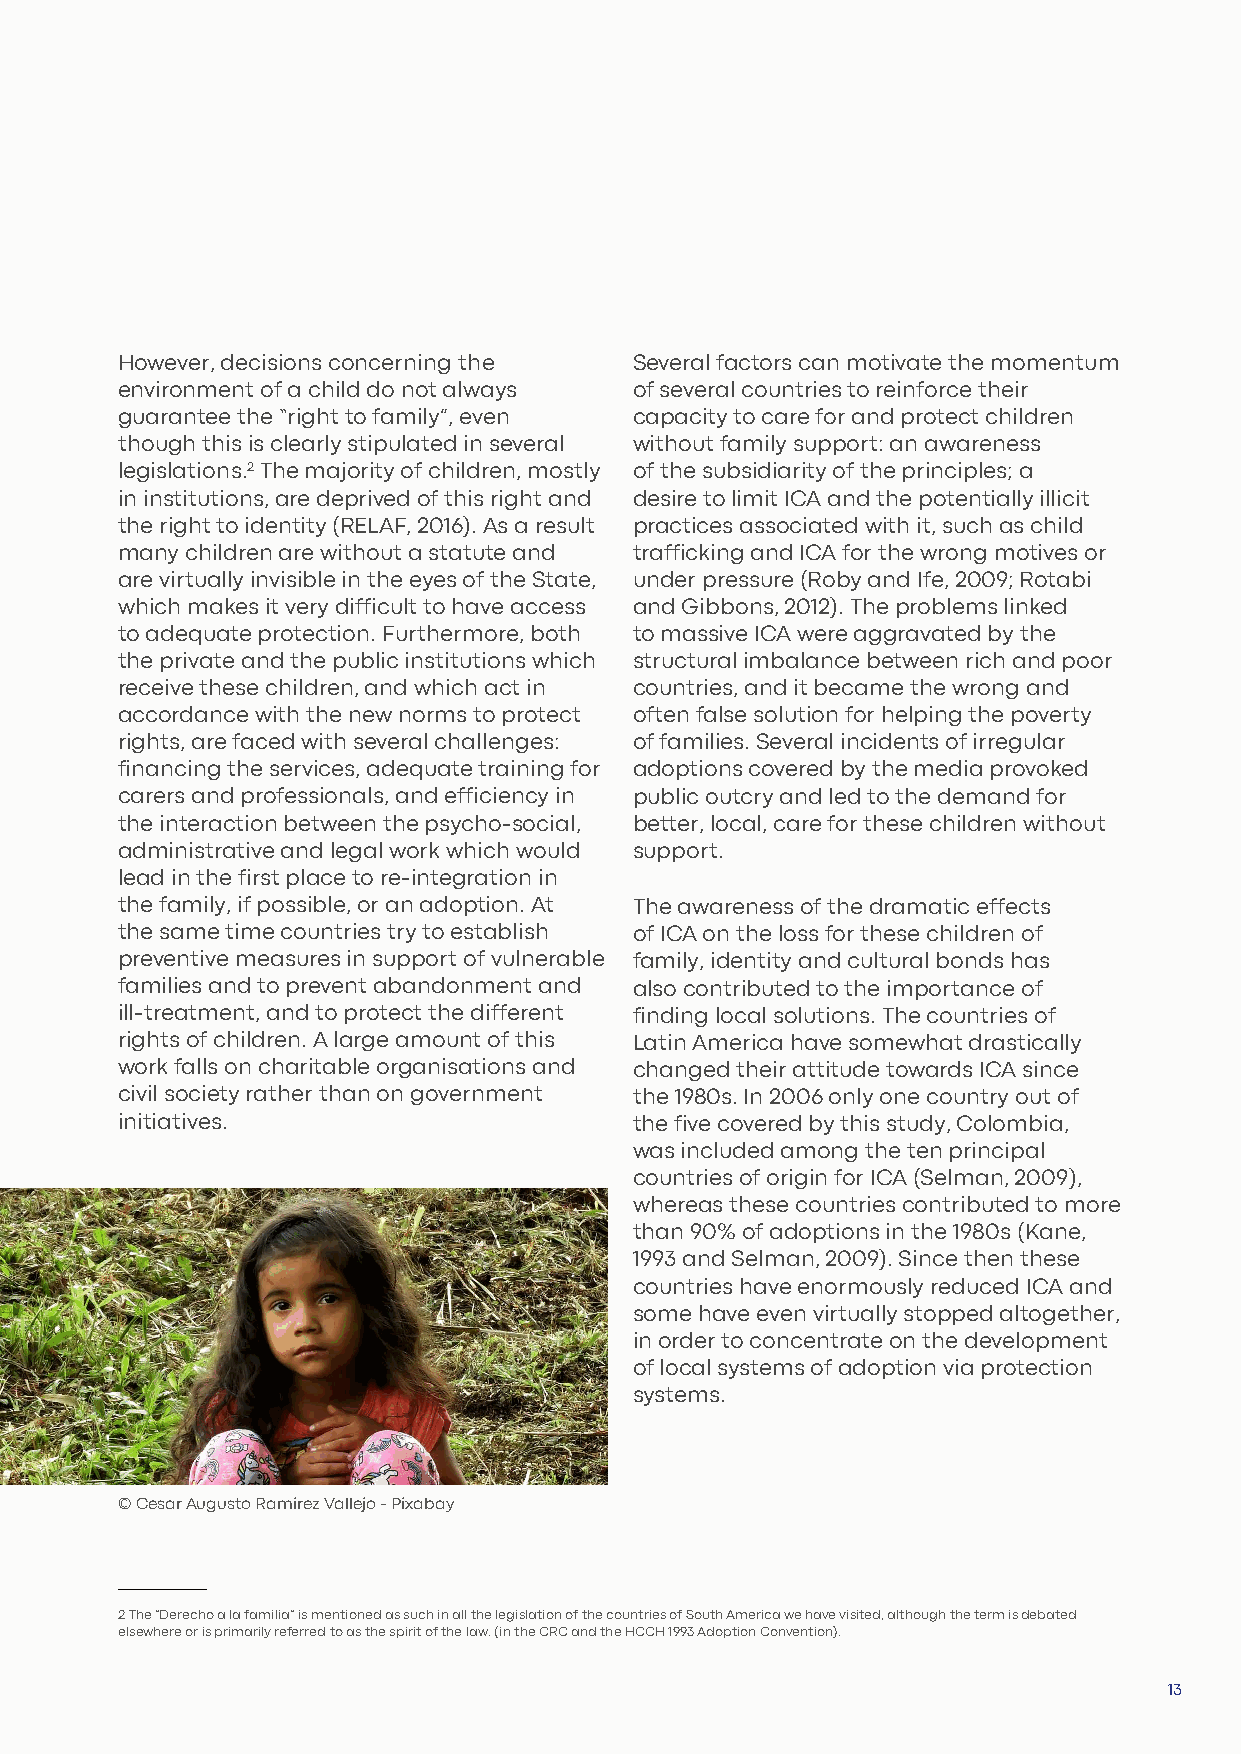
However, decisions concerning the Several factors can motivate the momentum
 environment of a child do not always of several countries to reinforce their
 guarantee the “right to family”, even capacity to care for and protect children
 though this is clearly stipulated in several without family support: an awareness
 legislations.2 The majority of children, mostly of the subsidiarity of the principles; a
 in institutions, are deprived of this right and desire to limit ICA and the potentially illicit
 the right to identity (RELAF, 2016). As a result practices associated with it, such as child
 many children are without a statute and trafficking and ICA for the wrong motives or
 are virtually invisible in the eyes of the State, under pressure (Roby and Ife, 2009; Rotabi
 which makes it very difficult to have access and Gibbons, 2012). The problems linked
 to adequate protection. Furthermore, both to massive ICA were aggravated by the
 the private and the public institutions which structural imbalance between rich and poor
 receive these children, and which act in countries, and it became the wrong and
 accordance with the new norms to protect often false solution for helping the poverty
 rights, are faced with several challenges: of families. Several incidents of irregular
 financing the services, adequate training for adoptions covered by the media provoked
 carers and professionals, and efficiency in public outcry and led to the demand for
 the interaction between the psycho-social, better, local, care for these children without
 administrative and legal work which would support.
 lead in the first place to re-integration in
 the family, if possible, or an adoption. At The awareness of the dramatic effects
 the same time countries try to establish of ICA on the loss for these children of
 preventive measures in support of vulnerable family, identity and cultural bonds has
 families and to prevent abandonment and also contributed to the importance of
 ill-treatment, and to protect the different finding local solutions. The countries of
 rights of children. A large amount of this Latin America have somewhat drastically
 work falls on charitable organisations and changed their attitude towards ICA since
 civil society rather than on government the 1980s. In 2006 only one country out of
 initiatives.                      the five covered by this study, Colombia,
 was included among the ten principal
 countries of origin for ICA (Selman, 2009),
 whereas these countries contributed to more
 than 90% of adoptions in the 1980s (Kane,
 1993 and Selman, 2009). Since then these
 countries have enormously reduced ICA and
 some have even virtually stopped altogether,
 in order to concentrate on the development
 of local systems of adoption via protection
 systems.
 © Cesar Augusto Ramirez Vallejo - Pixabay
 2 The “Derecho a la familia” is mentioned as such in all the legislation of the countries of South America we have visited, although the term is debated
 elsewhere or is primarily referred to as the spirit of the law. (in the CRC and the HCCH 1993 Adoption Convention).
 13